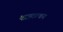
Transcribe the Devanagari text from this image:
याज्ञवल्कय